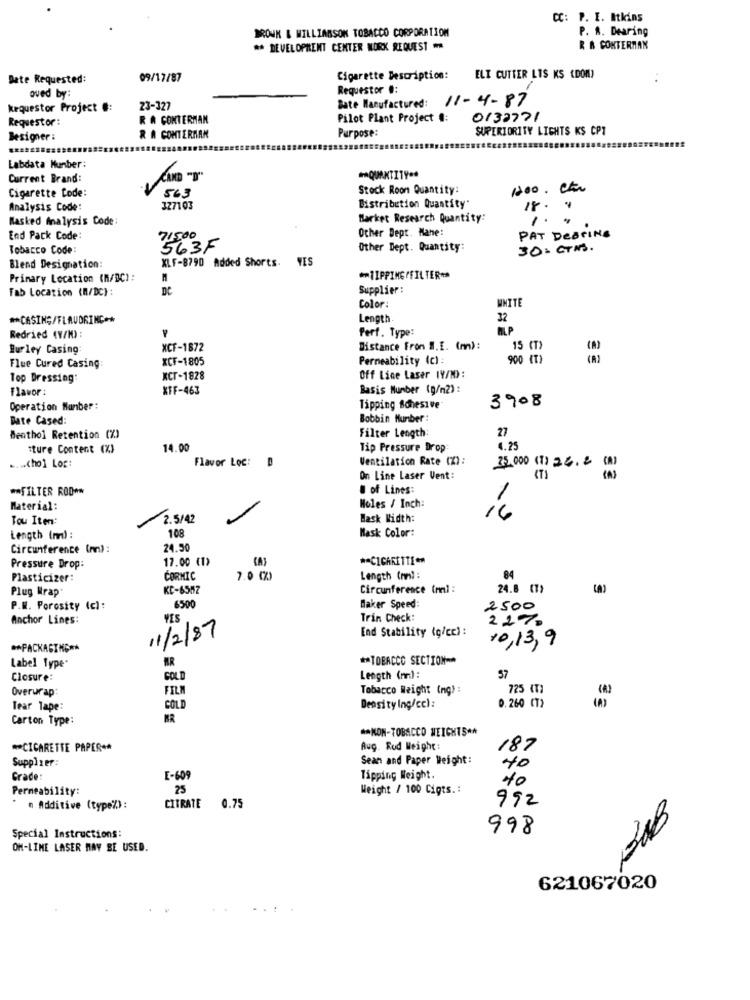
CC: P. E. Atkins
BROWN & WILLIAMSON TOBACCO CORPORATION
P. A. Dearing
** DEVELOPMENT CENTER WORK REQUEST .
R & CONTERMAN
Date Requested:
09/17/87
Cigarette Description:
ELI CUTTER LIS KS (DOM)
oued by:
Requestor #:
Bate Manufactured: 11-4-87
kequestor Project #:
23-327
Requestor:
R A CONTERMAN
Pilot Plant Project #:
0132771
SUPERIORITY LIGHTS KS CPT
Besigner :
R A CONTERAAN
Purpose:
Labdata Munber:
Current Brand:
Cigarette Code:
Stock Roon Quantity:
1200. et.
563
Distribution Quantity"
Analysis Code:
327103
18. "
Masked Analysis Code
Market Research Quantity:
Other Dept. Mane:
PAT DerING
End Pack Code:
71500
Tobacco Code:
563F
Other Dept. Quantity:
30= GTMS.
XLF-8790 Added Shorts. VES
Blend Designation:
Primary Location (M/BC) :
** TIPPING/FILTER **
Tab Location (M/DC) :
Supplier:
Color:
UNITE
** CASING/FLAUDRING **
Length
32
Perf. Type:
MLP
Redried (V/H) :
Burley Casing:
XCF-1872
Distance From #.E. (m):
15 (T)
XCF-1805
Permeability (c) :
900 (T)
Flue Cured Casing
Top Dressing
XCT-1828
Off Line Laser (V/N) :
Flavor :
XFF-463
Basis Number (g/m2) :
3908
Operation Munber :
Tipping Adhesive
Date Cased:
Bobbin Number:
Menthol Retention (%)
Filter Length
27
tture Content (%)
14.00
Tip Pressure Drop:
4.25
Flavor Loc:
Ventilation Rate (Z):
.. chol Lor:
25,000 (1) 24.2 CM)
On Line Laser Vent:
** FILTER ROD **
. of Lines:
Material:
Holes / Inch:
Tou Iten:
2.5/42
Mask Width:
16
108
Mask Color:
Length (md) :
Circumference (mm) :
24.50
17.00 (1)
** CIGARETTE **
Pressure Drop:
Plasticizer:
CORMIC
7.0 (%)
Length (mm) :
84
Plug Wrap
KC-6587
Circumference (ml :
24.8 (1)
6500
P.M. Porosity (c):
Maker Speed:
2500
Anchor Lines:
YES
Trin Check:
22%
End Stability (g/cc) :
11/2/87
10,13,9
** PACKAGING **
MR
** TOBACCO SECTION-
Label type'
Closure:
GOLD
Length (mm):
57
Overurap:
FILM
Tobacco Weight (ng) :
725 IT1
33
Tear Tape:
COLD
Density Ing/cc) :
0.260 CT)
Carton Type:
BR
** NON-TOBACCO WEIGHTS **
** CIGARETTE PAPER **
Aug. Rod Weight:
187
Supplier:
Sean and Paper Weight:
40
Grade:
E-609
Tipping Weight.
40
Permeability:
25
Weight / 100 Cigts .:
992
n Additive (type%) :
CITRATE
0.75
998
Special Instructions:
ON-LINE LASER MAY BE USED.
621067020